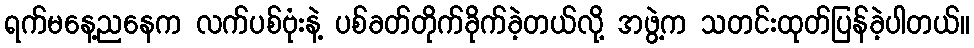
ရက်မနေ့ညနေက လက်ပစ်ဗုံးနဲ့ ပစ်ခတ်တိုက်ခိုက်ခဲ့တယ်လို့ အဖွဲ့က သတင်းထုတ်ပြန်ခဲ့ပါတယ်။